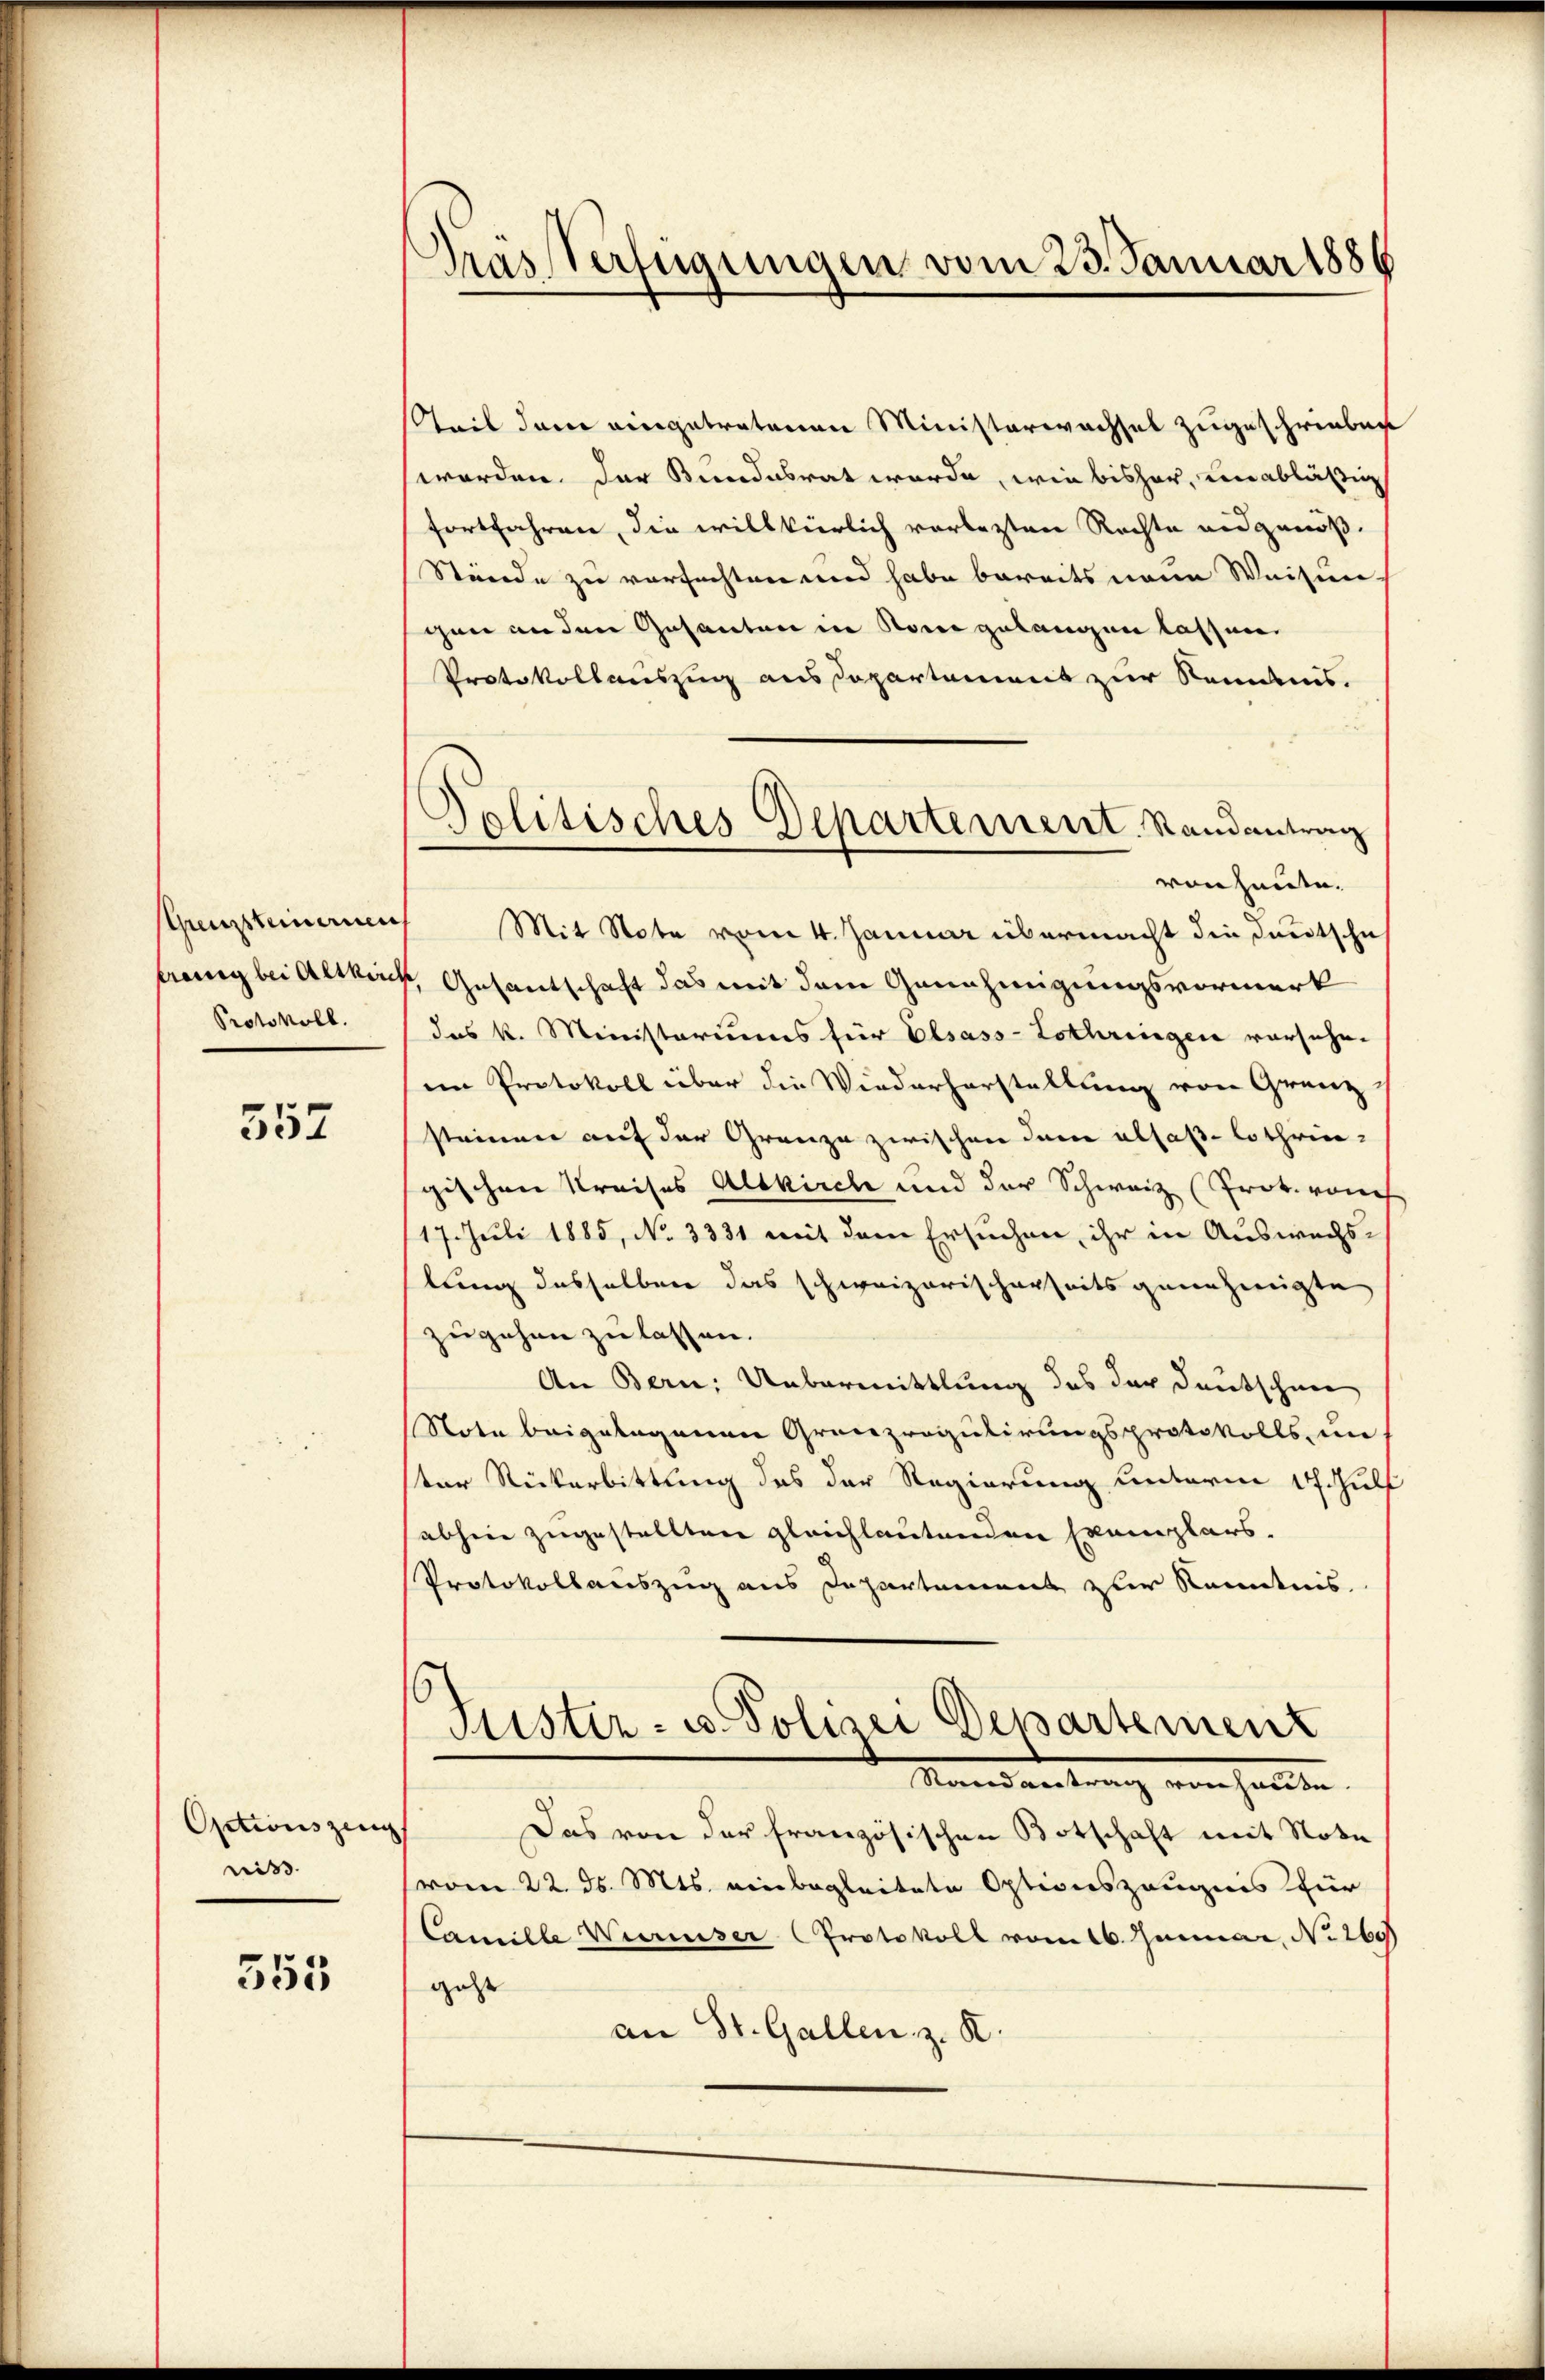
Grenzsteinerien
Protokoll.

552

Optionszeug |
wiss |

355

räsVerfügungen vom 23. Januar 1886

teil dem eingetretenen Ministerwachsel zugeschrieben
worden. Der Bundesrat werde, wie bisher, unabläßig
fortfahren, die willkürlich vorlezten Rechte eidgenöß¬
Stände zu versuchten und habe bereits neue Weisun
gen anden Gesanten in Rom gelangen lassen.
Protokollauszug aus Departement zur Rendnis.
vonheute.
Mit Note vom 4. Januar übermacht die Deutsche
trang bei Altkirch, Gesantschaft das mit dem Genehmigungsvormerk
das k. Ministeriums für Elsass-Lothringen vorsehe.
im Protokoll über die Wiederherstellung von Granz
strümmer auf der Grenze zwischen dem allas lothringischen Kreises Altkirche und der Schweiz (Prok. von
17. Juli 1885, No 3331 mit dem Ersuchen, ihr in Auswechslung desselben das schweizerischerheits genehmigte
zugehen zu lassen.
An Bern: Uebermittlung des der Deutschen
Note beigelegenen Grenzregulirungsprotokolls, un
ster Rickerbittung des der Regierung unterm 17. Hulf
abhin zugestellten gleichlautenden Exemplars.
Protokollauszug aus Departamens zur Kenntnis.
6
Fister- u. Polizei Departement
Mandantung verhalten
Das von der französischen Botschaft mit Note
(vom 22. ds. Mts. einbegleitete Optionszeugnis für
Camille Werinser Protokoll vom 16. Januar, No 260)
gehe
an St. Gallen z. R.

Politisches Departement Randantrag